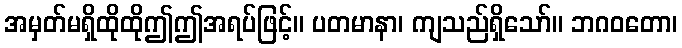
အမှတ်မရှိထိုထိုဤဤအရပ်ဖြင့်။ ပတမာနာ၊ ကျသည်ရှိသော်။ ဘဂဝတော၊